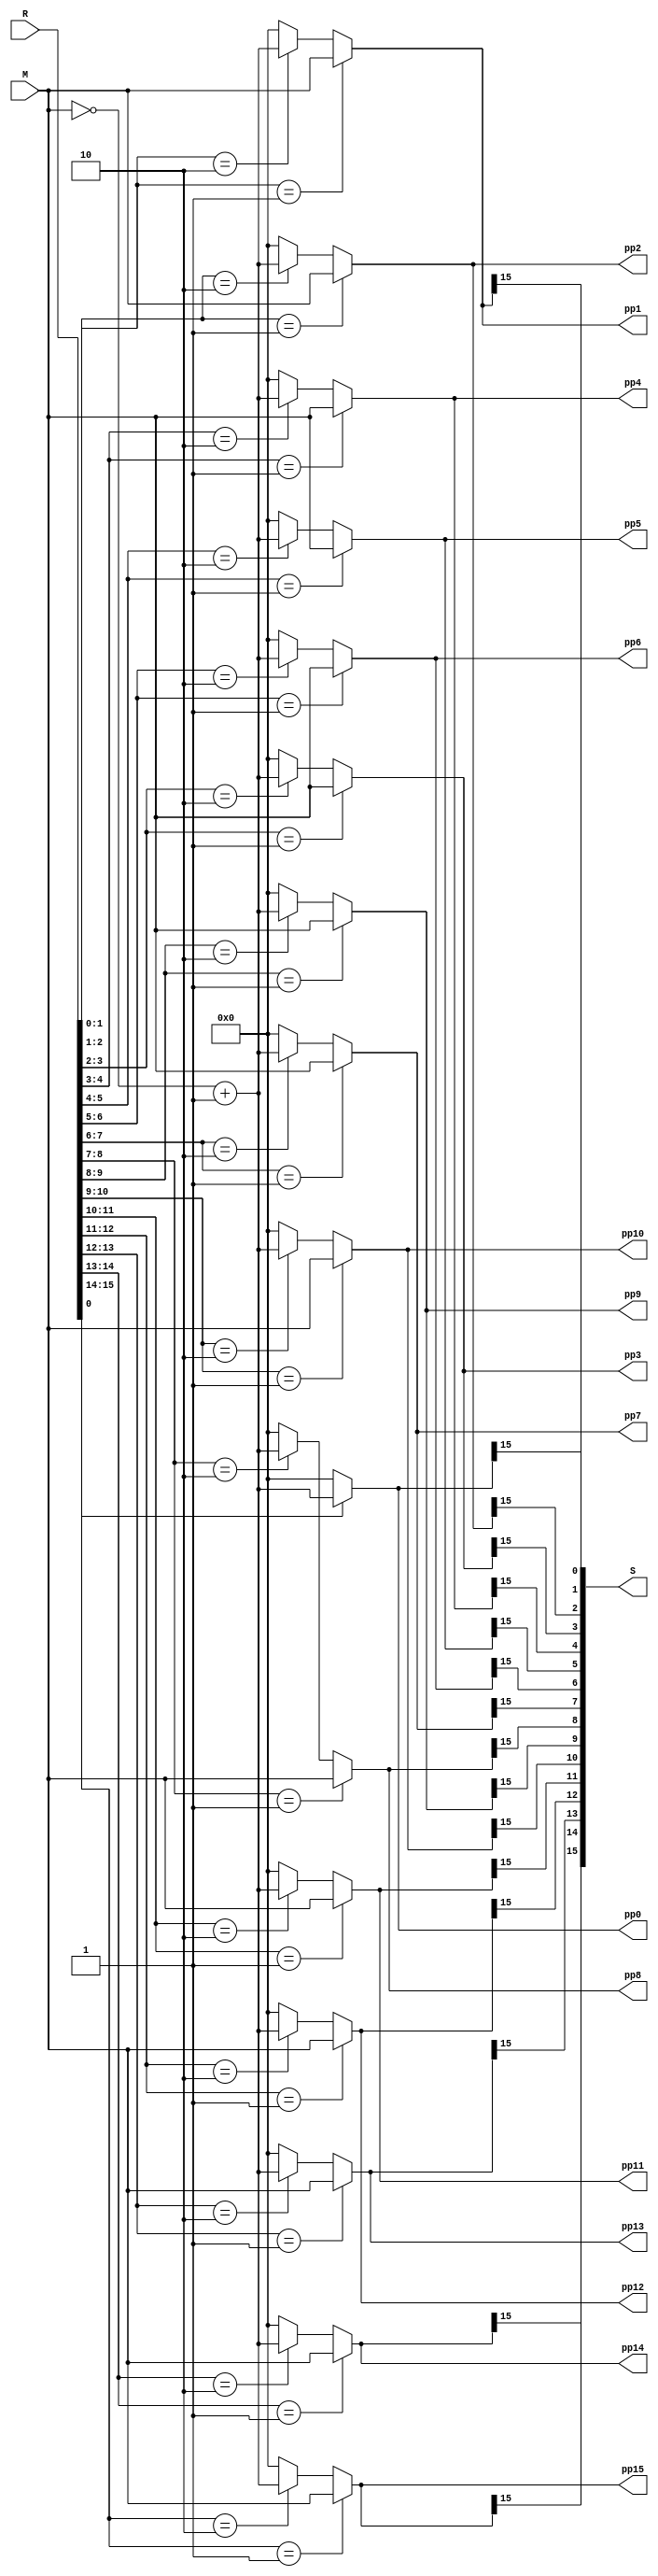
`timescale 1ns / 1ps
//////////////////////////////////////////////////////////////////////////////////
// Company: 
// Engineer: 
// 
// Design Name: 
// Module Name: Booth_Classic
// Project Name: 
// Target Devices: 
// Tool Versions: 
// Description: 
// 
// Dependencies: 
// 
// Revision:
// Revision 0.01 - File Created
// Additional Comments:
// 
//////////////////////////////////////////////////////////////////////////////////


module 	Booth_Classic (	
	input	[15 : 0]	M,						// Multiplicand
	input	[15 : 0]	R,						// Multiplier

	output	[15 : 0]	pp0, pp1, pp2, pp3,		// PP results
						pp4, pp5, pp6, pp7, 
						pp8, pp9, pp10, pp11, 
						pp12, pp13, pp14, pp15,

	output  [15 : 0]	S						// Sign extend bit of each PP
);

wire [16 : 0]	tmp;
assign tmp = {R, 1'b0};

assign pp0 = (tmp[1:0] == 2'b01 ) ? M :
				(tmp[1:0] == 2'b10) ? ( ~M + 1'b1 ) : 16'b0;
assign S[0] = pp0[15];

assign pp1 = (tmp[2:1] == 2'b01 ) ? M :
				(tmp[2:1] == 2'b10) ? ( ~M + 1'b1 ) : 16'b0;
assign S[1] = pp1[15];

assign pp2 = (tmp[3:2] == 2'b01 ) ? M :
				(tmp[3:2] == 2'b10) ? ( ~M + 1'b1 ) : 16'b0;
assign S[2] = pp2[15];

assign pp3 = (tmp[4:3] == 2'b01 ) ? M :
				(tmp[4:3] == 2'b10) ? ( ~M + 1'b1 ) : 16'b0;
assign S[3] = pp3[15];

assign pp4 = (tmp[5:4] == 2'b01 ) ? M :
				(tmp[5:4] == 2'b10) ? ( ~M + 1'b1 ) : 16'b0;
assign S[4] = pp4[15];

assign pp5 = (tmp[6:5] == 2'b01 ) ? M :
				(tmp[6:5] == 2'b10) ? ( ~M + 1'b1 ) : 16'b0;
assign S[5] = pp5[15];

assign pp6 = (tmp[7:6] == 2'b01 ) ? M :
				(tmp[7:6] == 2'b10) ? ( ~M + 1'b1 ) : 16'b0;
assign S[6] = pp6[15];

assign pp7 = (tmp[8:7] == 2'b01 ) ? M :
				(tmp[8:7] == 2'b10) ? ( ~M + 1'b1 ) : 16'b0;
assign S[7] = pp7[15];

assign pp8 = (tmp[9:8] == 2'b01 ) ? M :
				(tmp[9:8] == 2'b10) ? ( ~M + 1'b1 ) : 16'b0;
assign S[8] = pp8[15];

assign pp9 = (tmp[10:9] == 2'b01 ) ? M :
				(tmp[10:9] == 2'b10) ? ( ~M + 1'b1 ) : 16'b0;
assign S[9] = pp9[15];

assign pp10 = (tmp[11:10] == 2'b01 ) ? M :
				(tmp[11:10] == 2'b10) ? ( ~M + 1'b1 ) : 16'b0;
assign S[10] = pp10[15];

assign pp11 = (tmp[12:11] == 2'b01 ) ? M :
				(tmp[12:11] == 2'b10) ? ( ~M + 1'b1 ) : 16'b0;
assign S[11] = pp11[15];

assign pp12 = (tmp[13:12] == 2'b01 ) ? M :
				(tmp[13:12] == 2'b10) ? ( ~M + 1'b1 ) : 16'b0;
assign S[12] = pp12[15];

assign pp13 = (tmp[14:13] == 2'b01 ) ? M :
				(tmp[14:13] == 2'b10) ? ( ~M + 1'b1 ) : 16'b0;
assign S[13] = pp13[15];

assign pp14 = (tmp[15:14] == 2'b01 ) ? M :
				(tmp[15:14] == 2'b10) ? ( ~M + 1'b1 ) : 16'b0;
assign S[14] = pp14[15];

assign pp15 = (tmp[16:15] == 2'b01 ) ? M :
				(tmp[16:15] == 2'b10) ? ( ~M + 1'b1 ) : 16'b0;
assign S[15] = pp15[15];

endmodule